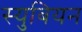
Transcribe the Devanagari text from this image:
स्युबियन